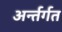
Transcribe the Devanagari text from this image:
अर्न्तर्गत